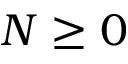
N \geq 0